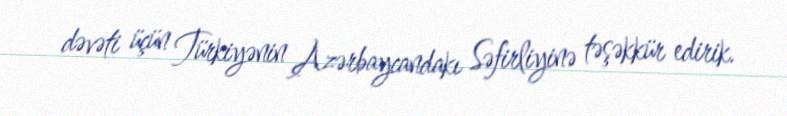
dəvəti üçün Türkiyənin Azərbaycandakı Səfirliyinə təşəkkür edirik.